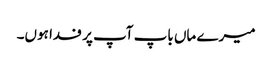
میرے ماں باپ آپ پر فدا ہوں۔